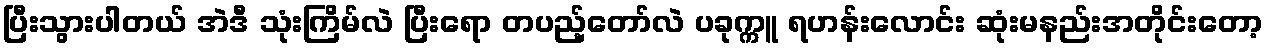
ပြီးသွားပါတယ် အဲဒီ သုံးကြိမ်လဲ ပြီးရော တပည့်တော်လဲ ပခုက္ကူ ရဟန်းလောင်း ဆုံးမနည်းအတိုင်းတော့